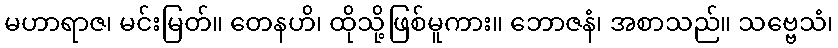
မဟာရာဇ၊ မင်းမြတ်။ တေနဟိ၊ ထိုသို့ဖြစ်မူကား။ ဘောဇနံ၊ အစာသည်။ သဗ္ဗေသံ၊